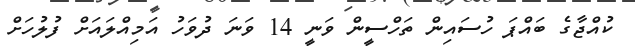
ކުއްޖާގެ ބައްޕަ ހުސައިން ތަހްސީން ވަނީ 14 ވަނަ ދުވަހު އަމިއްލައަށް ފުލުހަށް